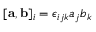
[ { \bf a } , { \bf b } ] _ { i } = \epsilon _ { i j k } a _ { j } b _ { k }